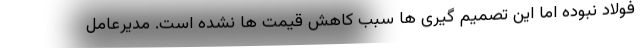
فولاد نبوده اما این تصمیم گیری ها سبب کاهش قیمت ها نشده است. مدیرعامل